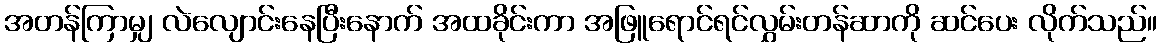
အတန်ကြာမျှ လဲလျောင်းနေပြီးနောက် အထခိုင်းကာ အဖြူရောင်ရင်လွှမ်းတန်ဆာကို ဆင်ပေး လိုက်သည်။